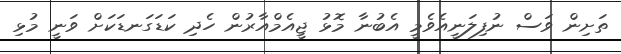
ތަށިން ވަސް ނުފިލަނީއެވެމީ އެބުނާ މޮޅު ޖީއެމްއާރުން ހެދި ކަޑަގަނޑަކަށް ވަނީ މުޅި